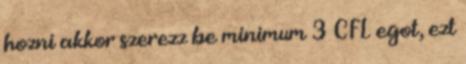
hozni akkor szerezz be minimum 3 CFL egot, ezt